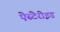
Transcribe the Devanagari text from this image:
ऐस्टेरोइड